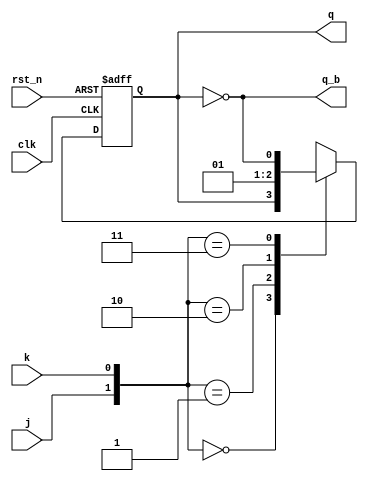
module jk_ff(
input   wire    clk,
input   wire    rst_n,
input   wire    j,
input   wire    k,

output  reg     q,
output  wire    q_b
);

assign q_b = ~q;

always @(posedge clk or negedge rst_n)
begin
    if(rst_n == 1'b0) begin
        q <= 1'b0;
    end
    else begin
        case({j,k})
            2'b00 : q <= q;
            2'b01 : q <= 1'b0;
            2'b10 : q <= 1'b1;
            2'b11 : q <= ~q;
        endcase
    end
end

endmodule